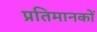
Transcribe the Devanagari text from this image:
प्रतिमानकों